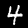
Digit: 4